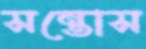
সন্তোস